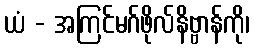
ယံ - အကြင်မဂ်ဖိုလ်နိဗ္ဗာန်ကို၊